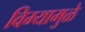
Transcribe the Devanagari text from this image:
विम्यामुळे